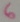
Text: 6